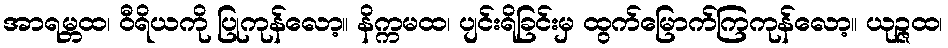
အာရမ္ဘထ၊ ဝီရိယကို ပြုကုန်လော့။ နိက္ကမထ၊ ပျင်းရိခြင်းမှ ထွက်မြောက်ကြကုန်လော့။ ယုဉ္ဇထ၊